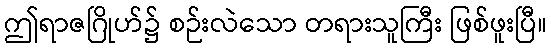
ဤရာဇဂြိုဟ်၌ စဉ်းလဲသော တရားသူကြီး ဖြစ်ဖူးပြီ။